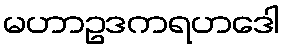
မဟာဥဒကရဟဒေါ